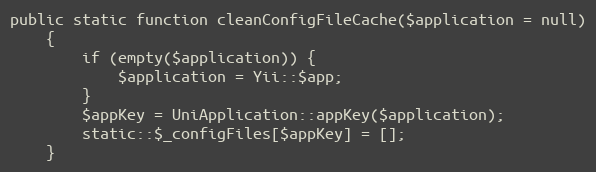
Language: PHP
public static function cleanConfigFileCache($application = null)
    {
        if (empty($application)) {
            $application = Yii::$app;
        }
        $appKey = UniApplication::appKey($application);
        static::$_configFiles[$appKey] = [];
    }